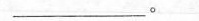
_____。